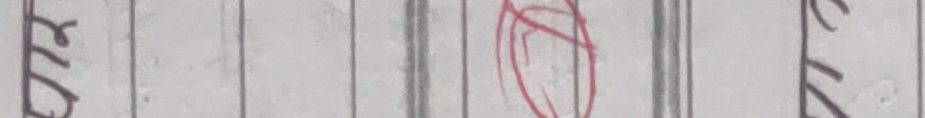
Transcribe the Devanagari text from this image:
छ ।